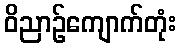
ဝိညာဉ်ကျောက်တုံး